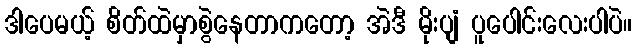
ဒါပေမယ့် စိတ်ထဲမှာစွဲနေတာကတော့ အဲဒီ မိုးပျံ ပူပေါင်းလေးပါပဲ။